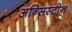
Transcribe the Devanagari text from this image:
अन्सिस्टीन